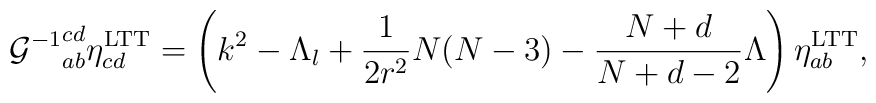
{{\cal G}^{-1}}^{cd}_{ab}\eta^{\rm LTT}_{cd}=\left(k^{2}-\Lambda_{l}+\frac{1}{2r^{2}}N(N-3)-\frac{N+d}{N+d-2}\Lambda\right)\eta^{\rm LTT}_{ab},